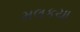
મલકયા